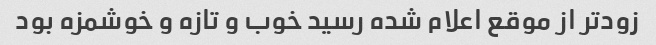
زودتر از موقع اعلام شده رسید خوب و تازه و خوشمزه بود